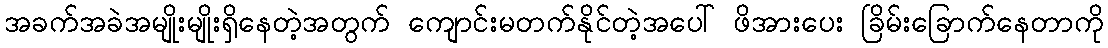
အခက်အခဲအမျိုးမျိုးရှိနေတဲ့အတွက် ကျောင်းမတက်နိုင်တဲ့အပေါ် ဖိအားပေး ခြိမ်းခြောက်နေတာကို